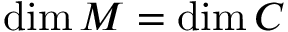
\mathrm { d i m } \, { \cal M } = \mathrm { d i m } \, { \cal C }